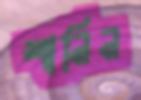
শানিন